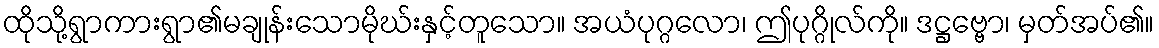
ထိုသို့ရွာကားရွာ၏မချုန်းသောမိုဃ်းနှင့်တူသော။ အယံပုဂ္ဂလော၊ ဤပုဂ္ဂိုလ်ကို။ ဒဋ္ဌဗ္ဗော၊ မှတ်အပ်၏။